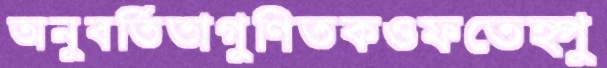
অনুবর্তিতাগুণিতকওফতেহ্পু